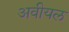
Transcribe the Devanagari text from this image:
अवीयल